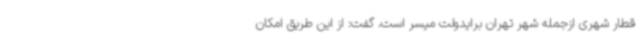
قطار شهری ازجمله شهر تهران برایدولت میسر است، گفت: از این طریق امکان